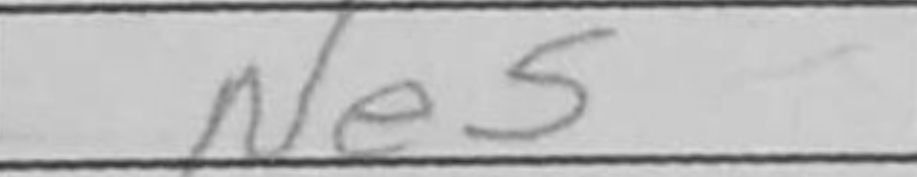
Transcription: Ne5